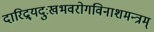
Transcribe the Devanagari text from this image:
दारिद्र्यदुःखभवरोगविनाशमन्त्रम्